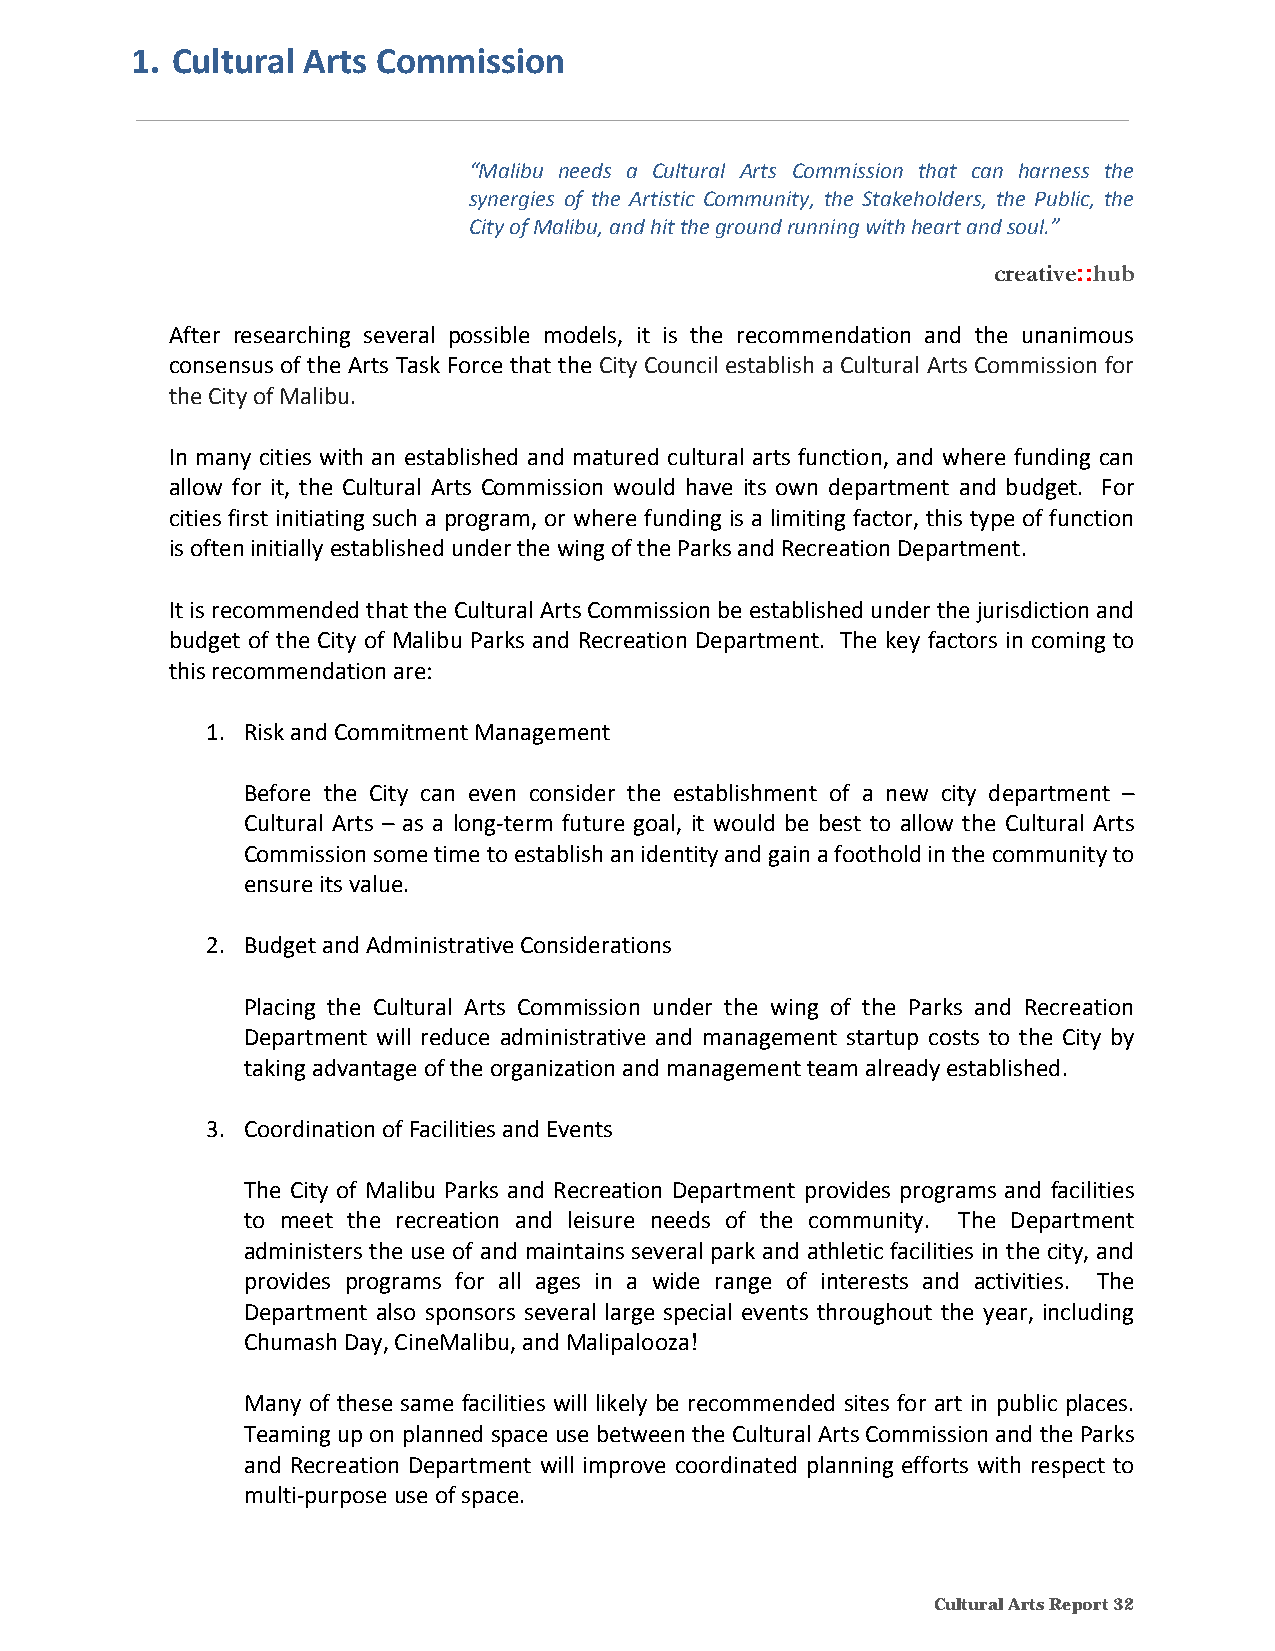
1. Cultural Arts Commission
 “Malibu needs a Cultural Arts Commission that can harness the
 synergies of the Artistic Community, the Stakeholders, the Public, the
 City of Malibu, and hit the ground running with heart and soul.”
 creative::hub
 After researching several possible models, it is the recommendation and the unanimous
 consensus of the Arts Task Force that the City Council establish a Cultural Arts Commission for
 the City of Malibu.
 In many cities with an established and matured cultural arts function, and where funding can
 allow for it, the Cultural Arts Commission would have its own department and budget. For
 cities first initiating such a program, or where funding is a limiting factor, this type of function
 is often initially established under the wing of the Parks and Recreation Department.
 It is recommended that the Cultural Arts Commission be established under the jurisdiction and
 budget of the City of Malibu Parks and Recreation Department. The key factors in coming to
 this recommendation are:
 1. Risk and Commitment Management
 Before the City can even consider the establishment of a new city department –
 Cultural Arts – as a long‐term future goal, it would be best to allow the Cultural Arts
 Commission some time to establish an identity and gain a foothold in the community to
 ensure its value.
 2. Budget and Administrative Considerations
 Placing the Cultural Arts Commission under the wing of the Parks and Recreation
 Department will reduce administrative and management startup costs to the City by
 taking advantage of the organization and management team already established.
 3. Coordination of Facilities and Events
 The City of Malibu Parks and Recreation Department provides programs and facilities
 to meet the recreation and leisure needs of the community. The Department
 administers the use of and maintains several park and athletic facilities in the city, and
 provides programs for all ages in a wide range of interests and activities. The
 Department also sponsors several large special events throughout the year, including
 Chumash Day, CineMalibu, and Malipalooza!
 Many of these same facilities will likely be recommended sites for art in public places.
 Teaming up on planned space use between the Cultural Arts Commission and the Parks
 and Recreation Department will improve coordinated planning efforts with respect to
 multi‐purpose use of space.
 Cultural Arts Report 32